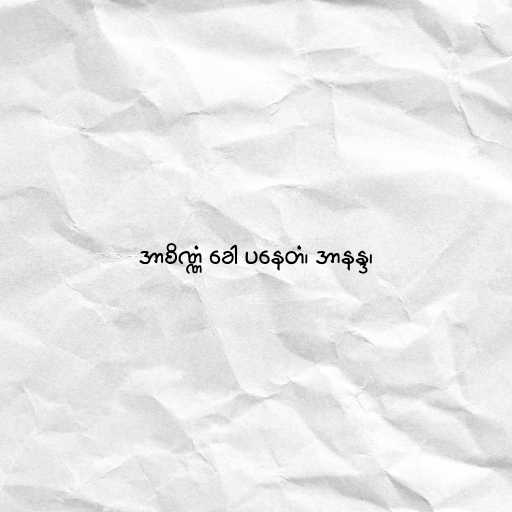
အာစိဏ္ဏံ ခေါ ပနေတံ၊ အာနန္ဒ၊